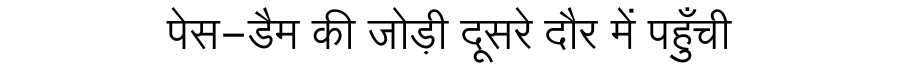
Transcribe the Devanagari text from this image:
पेस-डैम की जोड़ी दूसरे दौर में पहुँची